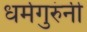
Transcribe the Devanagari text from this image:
धर्मगुरुंनी